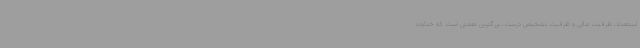
استعداد، ظرفیت مالی و ظرفیت تشخیص درست، بزرگترین نعمتی است که خداوند